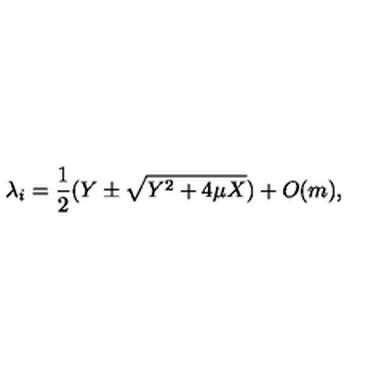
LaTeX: \lambda _ { i } = \frac { 1 } { 2 } ( Y \pm \sqrt { Y ^ { 2 } + 4 \mu X } ) + O ( m ) ,